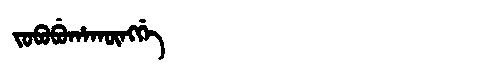
Manchu: ᠵᠣᠪᠣᠪᡠᡥᠠᡴᡡᠩᡤᡝ
Romanization: JOBOBUHAKŪNGGE